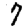
Digit: 7